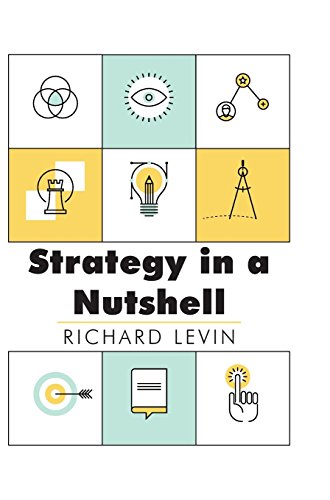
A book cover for Strategy in a Nutshell; Richard I. Levin; Business & Money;